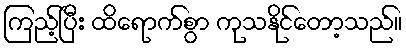
ကြည့်ပြီး ထိရောက်စွာ ကုသနိုင်တော့သည်။